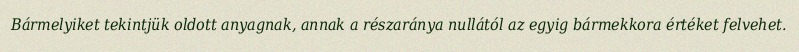
Bármelyiket tekintjük oldott anyagnak, annak a részaránya nullától az egyig bármekkora értéket felvehet.